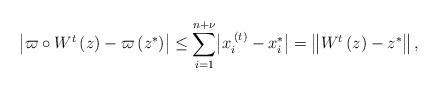
LaTeX: \begin{align*}\bigl|\varpi\circ W^{t}\left(z\right)-\varpi\left(z^{*}\right)\bigr|\leq\sum_{i=1}^{n+\nu}\bigl|x_{i}^{\:\left(t\right)}-x_{i}^{*}\bigr|=\left\Vert W^{t}\left(z\right)-z^{*}\right\Vert ,\end{align*}